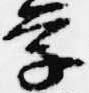
学